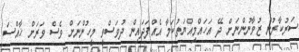
ސަރުކާރުން ޒުވާނުންނަށް ދޭ އަހައްމިއްޔަތުކަމާ އެއްފަދައިން ދުވަސްވީ މީހުންނަށް ވެސް ވަރަށް ޚާއްސަ